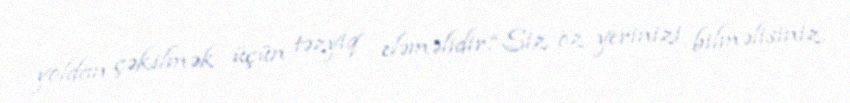
yoldan çəkilmək üçün təzyiq eləməlidir.“Siz öz yerinizi bilməlisiniz.